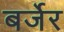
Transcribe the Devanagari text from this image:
बर्जेर